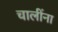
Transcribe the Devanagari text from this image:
चालींना